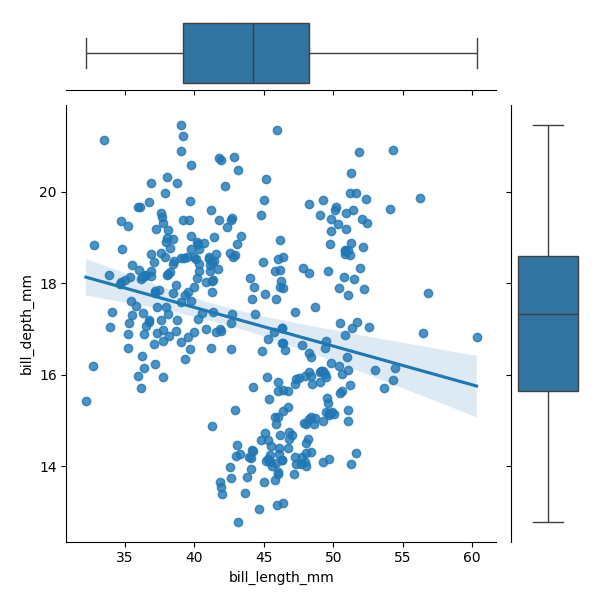
python, seaborn, JointGrid, regplot, boxplot